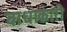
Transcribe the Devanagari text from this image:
बाधाकारी